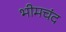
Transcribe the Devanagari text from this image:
भीमचंद